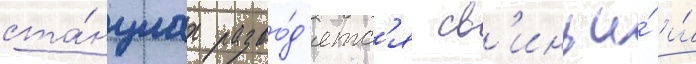
ста́нциах разво́д'ятс'я св'иньи́ и́